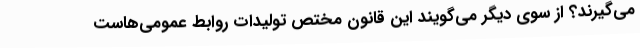
می‌گیرند؟ از سوی دیگر می‌گویند این قانون مختص تولیدات روابط عمومی‌هاست